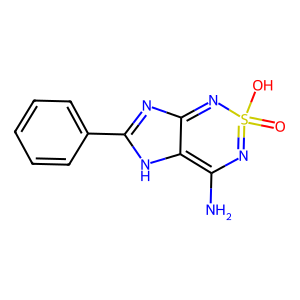
SMILES: NC1=c2[nH]c(-c3ccccc3)nc2=NS(=O)(O)=N1
Inhibits HIV replication: No